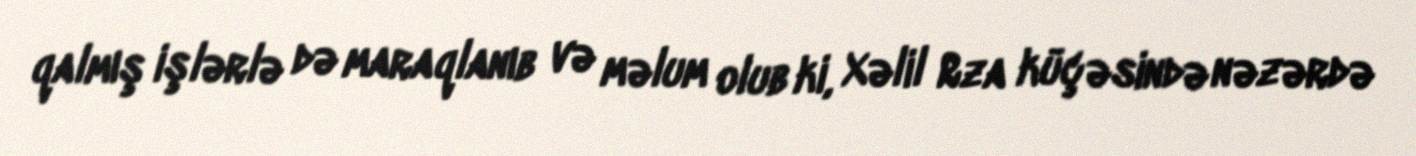
qalmış işlərlə də maraqlanıb və məlum olub ki, Xəlil Rza küçəsində nəzərdə